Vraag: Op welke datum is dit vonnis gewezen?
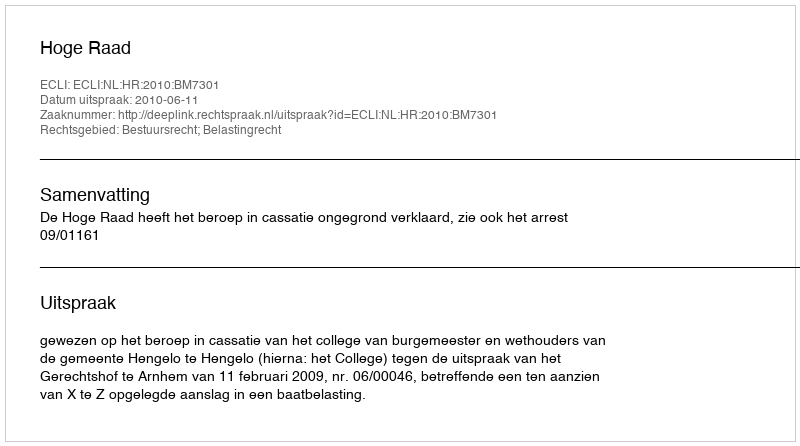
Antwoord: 2010-06-11